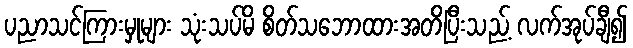
ပညာသင်ကြားမှုများ သုံးသပ်မိ စိတ်သဘောထားအတိပြီးသည့် လက်အုပ်ချီ၍